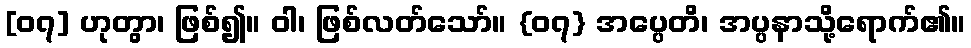
[၀၇] ဟုတွာ၊ ဖြစ်၍။ ဝါ၊ ဖြစ်လတ်သော်။ {၀၇} အပ္ပေတိ၊ အပ္ပနာသို့ရောက်၏။